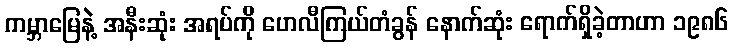
ကမ္ဘာမြေနဲ့ အနီးဆုံး အရပ်ကို ဟေလီကြယ်တံခွန် နောက်ဆုံး ရောက်ရှိခဲ့တာဟာ ၁၉၈၆